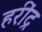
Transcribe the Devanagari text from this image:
हरींद्र